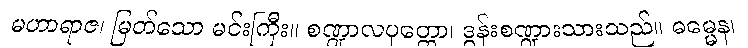
မဟာရာဇ၊ မြတ်သော မင်းကြီး။ စဏ္ဍာလပုတ္တော၊ ဒွန်းစဏ္ဍားသားသည်။ ဓမ္မေန၊